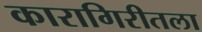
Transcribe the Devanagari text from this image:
कारागिरीतला